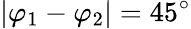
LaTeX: \lvert\varphi_{1}-\varphi_{2}\rvert=45^{\circ}